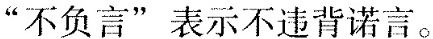
“不负言”表示不违背诺言。